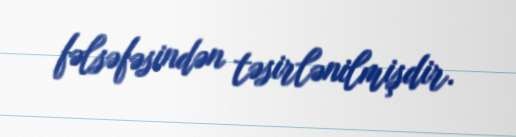
fəlsəfəsindən təsirlənilmişdir.